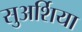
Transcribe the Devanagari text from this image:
सुअर्शिया